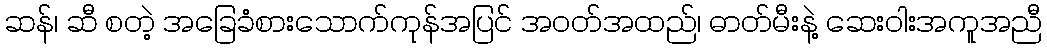
ဆန်၊ ဆီ စတဲ့ အခြေခံစားသောက်ကုန်အပြင် အဝတ်အထည်၊ ဓာတ်မီးနဲ့ ဆေးဝါးအကူအညီ